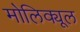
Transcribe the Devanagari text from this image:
मोलिक्यूल